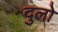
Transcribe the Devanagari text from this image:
दुलो